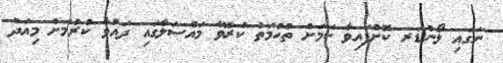
ނަގައި ލޯންޑަރ ކޮށްފައިވާ ކަމަށް ތުހުމަތު ކުރެވޭ މައްސަލާގައި ދައުވާ ކުރުމަށް މިއަދު